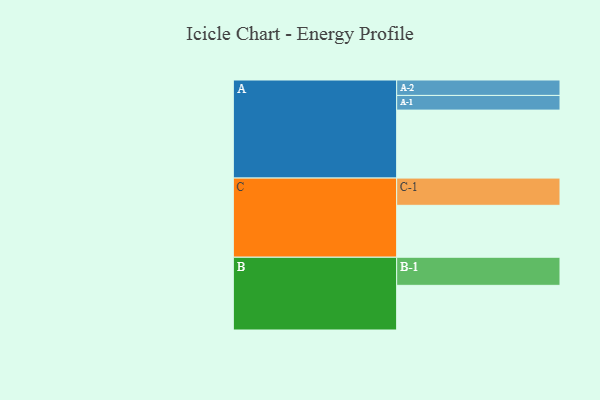
{"axis": {"x": "Segment", "y": "Value"}, "legend": ["", "A", "B", "C"], "data": [{"x": "A", "y": 542, "type": ""}, {"x": "B", "y": 356, "type": ""}, {"x": "C", "y": 414, "type": ""}, {"x": "A-1", "y": 117, "type": "A"}, {"x": "A-2", "y": 123, "type": "A"}, {"x": "B-1", "y": 224, "type": "B"}, {"x": "C-1", "y": 217, "type": "C"}]}